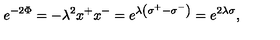
e ^ { - 2 \Phi } = - \lambda ^ { 2 } x ^ { + } x ^ { - } = e ^ { \lambda \left( \sigma ^ { + } - \sigma ^ { - } \right) } = e ^ { 2 \lambda \sigma } ,